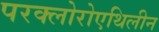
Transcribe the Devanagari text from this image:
परक्लोरोएथिलीन